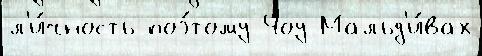
л'и́чность поэ́тому Чоу Мальд'и́вах